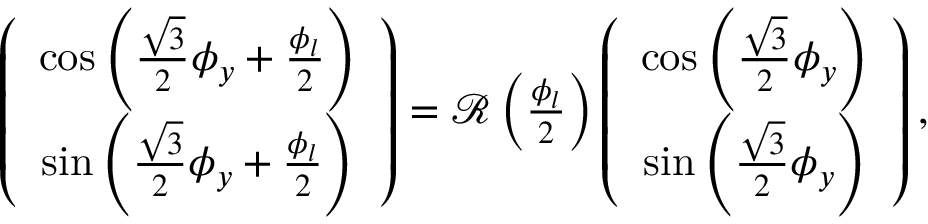
\begin{array} { r } { \left( \begin{array} { c } { \cos \left( \frac { \sqrt { 3 } } { 2 } \phi _ { y } + \frac { \phi _ { l } } { 2 } \right) } \\ { \sin \left( \frac { \sqrt { 3 } } { 2 } \phi _ { y } + \frac { \phi _ { l } } { 2 } \right) } \end{array} \right) = { \mathcal R } \left( \frac { \phi _ { l } } { 2 } \right) \left( \begin{array} { c } { \cos \left( \frac { \sqrt { 3 } } { 2 } \phi _ { y } \right) } \\ { \sin \left( \frac { \sqrt { 3 } } { 2 } \phi _ { y } \right) } \end{array} \right) , } \end{array}